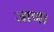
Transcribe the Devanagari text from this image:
जाण।